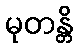
မုတန္တိ